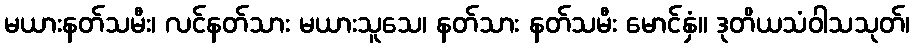
မယားနတ်သမီး၊ လင်နတ်သား မယားသူသေ၊ နတ်သား နတ်သမီး မောင်နှံ။ ဒုတိယသံဝါသသုတ်၊